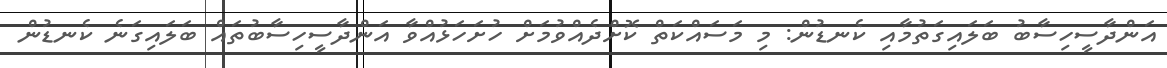
އަންދާސީހިސާބު ބަލައިގަތުމާއި ކެނޑުން: މި މަސައްކަތް ކޮށްދެއްވުމަށް ހުށަހަޅުއްވާ އަންދާސީހިސާބުތައް ބަލައިގަނެ ކެނޑުން